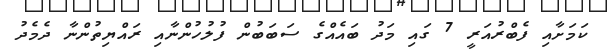
ކަމަށާއި ފެބްރުއަރީ 7 ގައި މަދު ބައެއްގެ ސަބަބުން ފުލުހުންނާއި ރައްޔިތުންނާ ދެމެދު